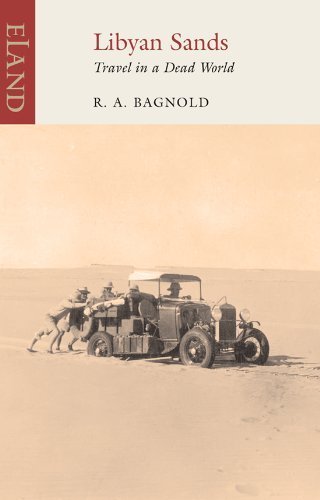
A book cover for Libyan Sands: Travel in a Dead World by Ralph A. Bagnold (2011) Paperback; Ralph A. Bagnold; Travel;